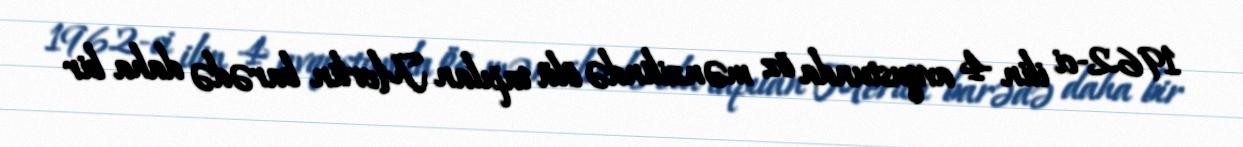
1962-ci ilin 4 avqustunda öz mənzilində ölü tapılan Merlin barədə daha bir